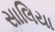
સાલિયા